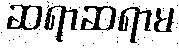
ဆရာဆရာမ